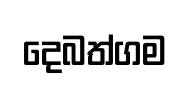
දෙබත්ගම